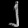
Digit: ၂